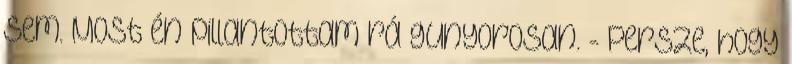
sem. Most én pillantottam rá gunyorosan. - Persze, hogy